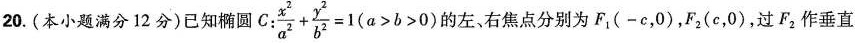
20.(本小题满分12分)已知椭圆 C:$$ \frac{x^{2}}{a^{2}} + \frac{y^{2}}{b^{2}} =1 (a > b > 0) $$的左，右焦点分别为$$ F_{1}(-c，0) $$，$$ F_{2}(c，0) $$，过F_{2}作垂直。